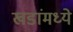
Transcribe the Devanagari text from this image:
खडांमध्ये